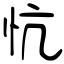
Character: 忼